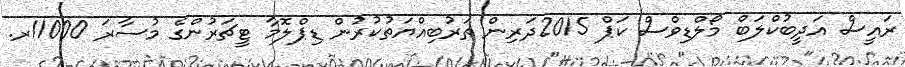
ރައީސް އަދީބުކްލަބް މޯލްޑިވްސް ކަޕް 2015ދަރިން ތަރުބިއްޔަތުކުރުން ޑިޕްލޮމާ ޓީޗަރުންގެ މުސާރަ 11000ރ.